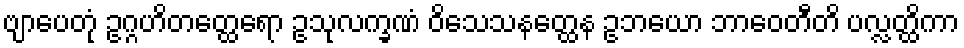
ဗျာပေတုံ ဥဂ္ဂဟိတတ္ထေရော ဥသုလက္ခဏံ ဝိသေသနတ္ထေန ဥဘယော ဘာဝေတီတိ ပလ္လတ္ထိကာ